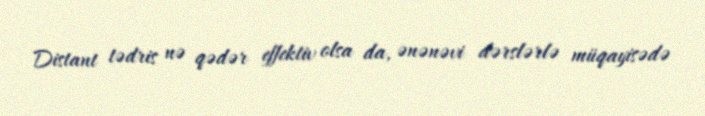
Distant tədris nə qədər effektiv olsa da, ənənəvi dərslərlə müqayisədə